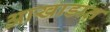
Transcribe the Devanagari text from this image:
आखाडात